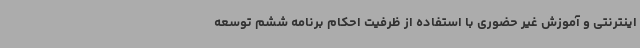
اینترنتی و آموزش غیر حضوری با استفاده از ظرفیت احکام برنامه ششم توسعه